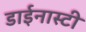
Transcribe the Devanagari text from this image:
डाईनास्टी